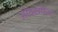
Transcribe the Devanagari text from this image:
ओक्सफेम